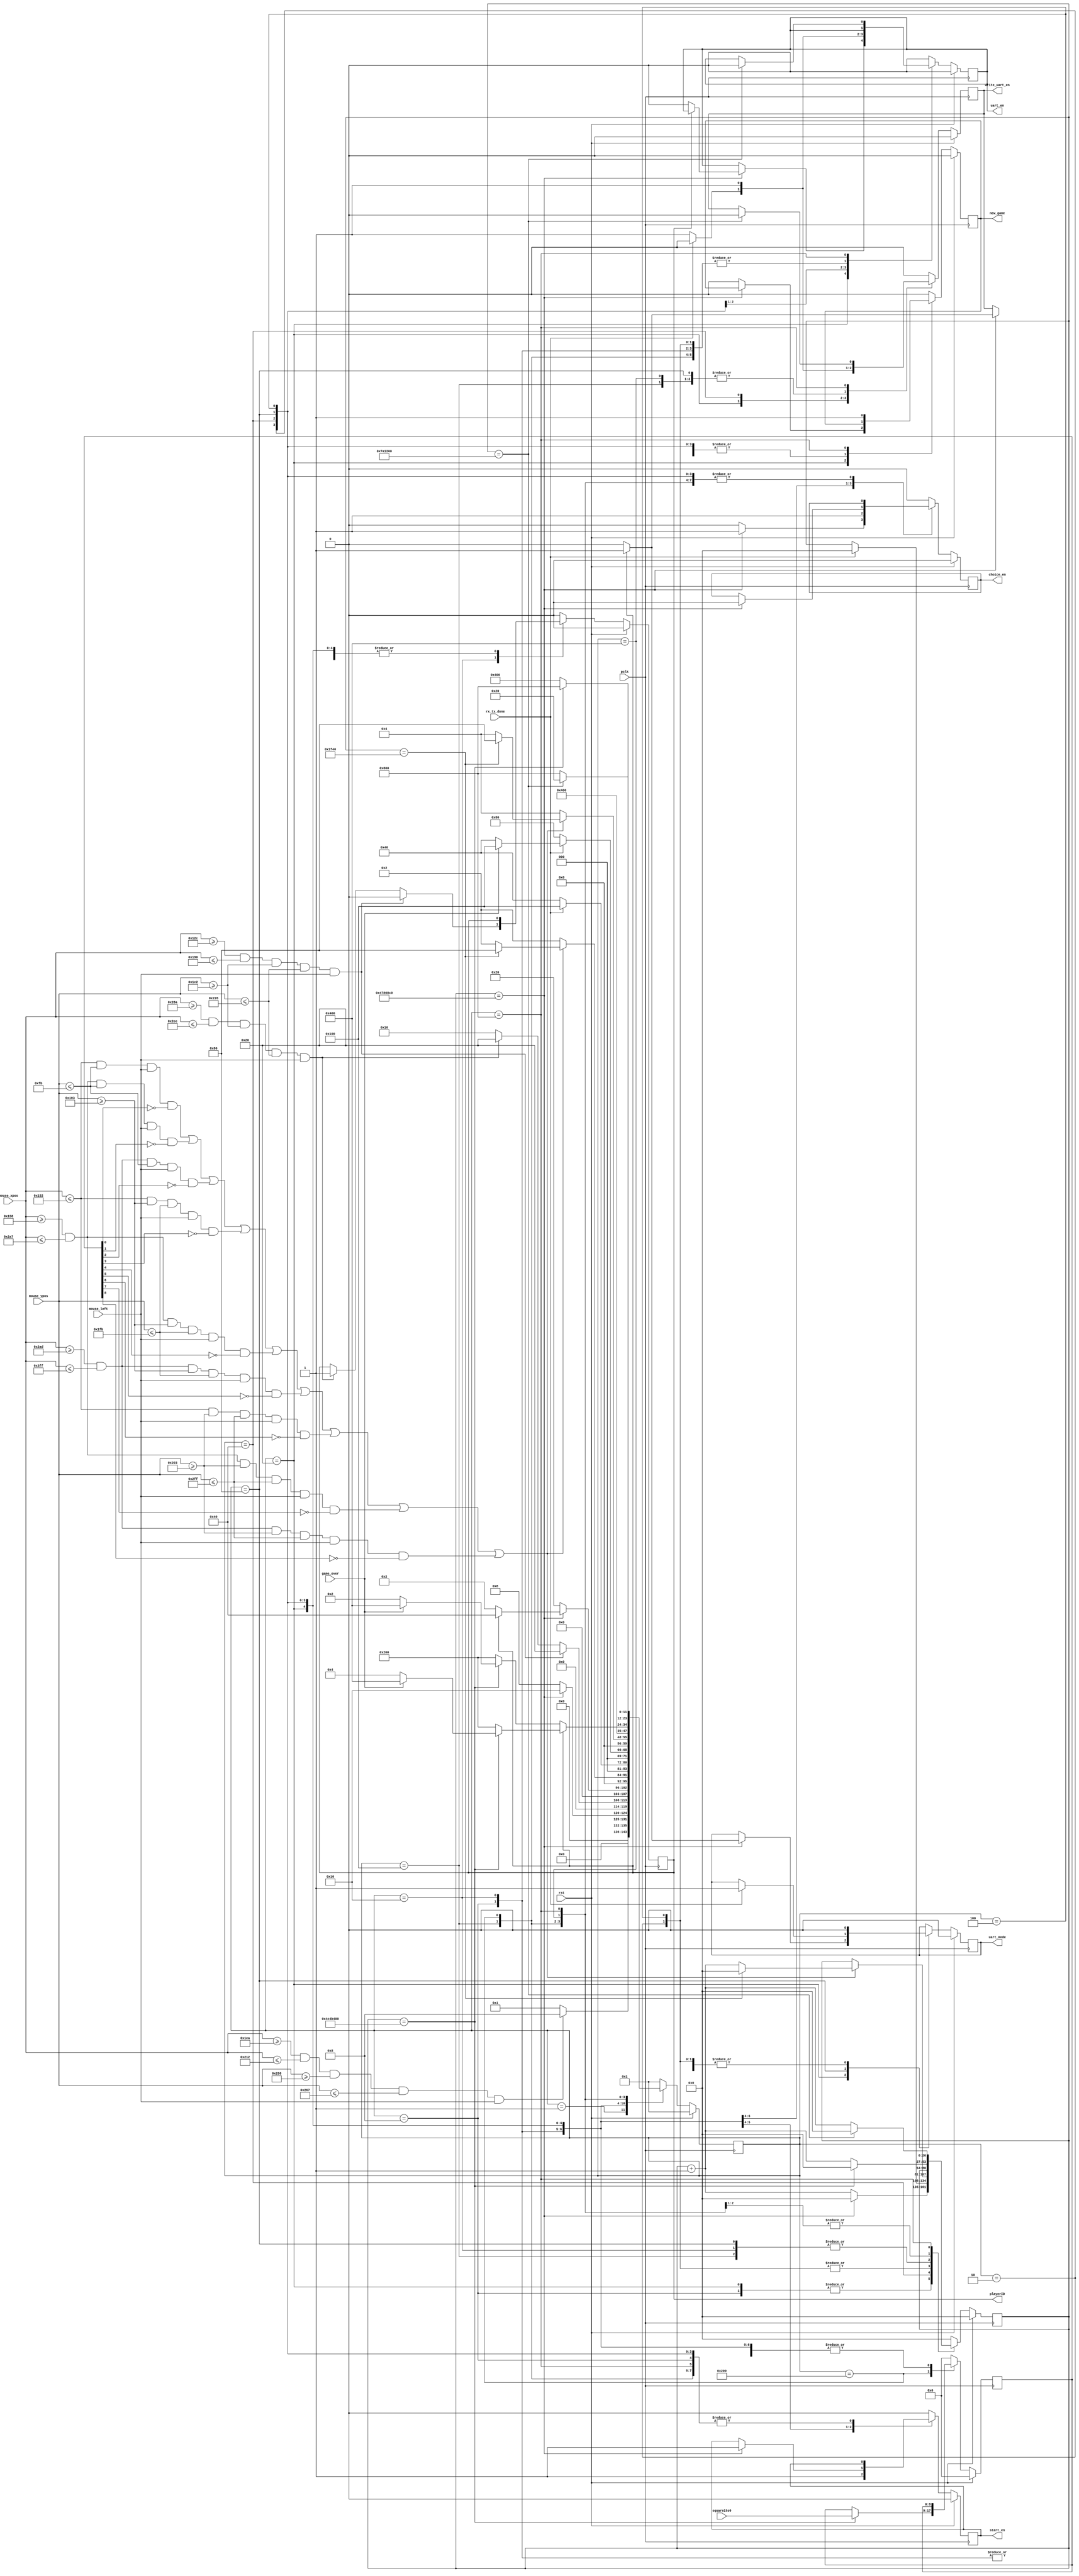
`timescale 1ns / 1ps
//////////////////////////////////////////////////////////////////////////////////
// Company: AGH UST
// Engineers: Hubert Kwaniewski, Marcin Mistela
// 
// Design Name: 
// Module Name: control_unit
// Project Name: Tic-tac-toe game
// Target Devices: 
// Tool Versions: 
// Description: 
// 
// Dependencies: 
// 
// Revision:
// Revision 0.01 - File Created
// Additional Comments:
// 
//////////////////////////////////////////////////////////////////////////////////


module control_unit(
    input wire pclk,
    input wire rst,
    input wire [11:0] mouse_xpos,
    input wire [11:0] mouse_ypos,
    input wire mouse_left,
    input wire rx_tx_done,
    input wire [8:0] square1to9,
    input wire game_over,
    output reg new_game,
    output reg start_en,
    output reg choice_en,
    output reg playerID, uart_en, write_uart_en, uart_mode
    );
    
    localparam IDLE           = 12'b000000000001,
               PLAYER_1       = 12'b000000000010,
               PLAYER_2       = 12'b000000000100,
               WAIT           = 12'b000000001000,
               CHOICE         = 12'b000000010000,
               WAIT2          = 12'b000000100000,
               RX_TRANSMIT    = 12'b000001000000,
               TX_TRANSMIT    = 12'b000010000000,
               UPDATE_BOARD   = 12'b000100000000,
               UPDATE_SQUARES = 12'b001000000000,
               GAME_OVER      = 12'b010000000000,
               NEW_GAME       = 12'b100000000000;
    
    localparam HEIGHT1 = 251,
               WIDTH1  = 338,
               SENDING   = 1'b0,
               RECEIVING = 1'b1;
    
    reg [8:0] updated_square1to9, updated_square1to9_nxt;
    reg [11:0] state;
    reg [11:0] state_nxt;
    reg start_en_nxt, choice_en_nxt, uart_en_nxt, write_uart_en_nxt, uart_mode_nxt, new_game_nxt;
    reg [26:0] counter, counter_nxt;
    reg playerID_nxt;
    
    always@(posedge pclk)
    begin 
        if(rst)
        begin
            state <= IDLE;
            start_en <= 0;
            choice_en <= 0;
            playerID <= 0;
            counter <= 0;
            uart_en    <= 0;
            write_uart_en <= 0;
            uart_mode <= 0;
            updated_square1to9 <= 0;
            new_game <= 0;
        end
        else
        begin
            state <= state_nxt;
            start_en <= start_en_nxt;
            choice_en <= choice_en_nxt;
            playerID <= playerID_nxt;
            counter <= counter_nxt;
            uart_en <= uart_en_nxt;
            write_uart_en <= write_uart_en_nxt;
            uart_mode <= uart_mode_nxt;
            updated_square1to9 <= updated_square1to9_nxt;
            new_game <= new_game_nxt;
        end
    end 
    
    
    always@*
    begin
    
    start_en_nxt = start_en;
    choice_en_nxt = choice_en;
    uart_en_nxt = uart_en;
    counter_nxt = counter;
    playerID_nxt = playerID;
    write_uart_en_nxt = write_uart_en;
    uart_mode_nxt = uart_mode;
    updated_square1to9_nxt = updated_square1to9;
    new_game_nxt = new_game;
    
        case(state)
            IDLE:
                begin
                    start_en_nxt = 0;
                    choice_en_nxt = 0;
                    counter_nxt = 0;
                    uart_en_nxt = 0;
                    write_uart_en_nxt = 0;
                    uart_mode_nxt = SENDING;
                    new_game_nxt = 0;
                    if((mouse_xpos >= 490) && (mouse_xpos <= 530) && (mouse_ypos >= 600) && (mouse_ypos <= 615) && (mouse_left == 1))
                    begin
                        state_nxt = WAIT;
                    end
                    else
                        state_nxt = IDLE;
                end
            WAIT:
                begin
                    if(counter == 75000000)
                    begin
                        counter_nxt = 0;
                        choice_en_nxt = 1;
                        state_nxt = CHOICE;
                    end
                    else
                    begin
                        counter_nxt = counter + 1;
                        choice_en_nxt = 0;
                        state_nxt = WAIT;
                    end
                end
            CHOICE:
                begin
                    start_en_nxt = 1;
                    choice_en_nxt = 1;
                    if((mouse_xpos >= 300) && (mouse_xpos <= 400) && (mouse_ypos >= 450) && (mouse_ypos <= 550) && (mouse_left == 1))
                    begin
                        playerID_nxt = 0;
                        state_nxt = WAIT2;
                    end
                    else if((mouse_xpos >= 650) && (mouse_xpos <= 750) && (mouse_ypos >= 450) && (mouse_ypos <= 550) && (mouse_left == 1))
                    begin
                        playerID_nxt = 1;
                        state_nxt = WAIT2;
                    end
                    else
                    begin
                        playerID_nxt = playerID;
                        state_nxt = CHOICE;
                    end
                end
            WAIT2:
                begin
                    if(counter == 75000000)
                    begin
                        counter_nxt = 0;
                        choice_en_nxt = 0;
                        start_en_nxt = 1;
                        if(playerID == 0)
                        begin
                            state_nxt = PLAYER_1;
                            uart_mode_nxt = SENDING;
                            write_uart_en_nxt = 0;
                            uart_en_nxt = 0;
                        end
                        else
                        begin
                            state_nxt = RX_TRANSMIT;
                            uart_mode_nxt = RECEIVING;
                            write_uart_en_nxt = 1;
                        end
                    end
                    else
                    begin
                        counter_nxt = counter + 1;
                        state_nxt = WAIT2;
                        new_game_nxt = 0;
                    end
                end
            PLAYER_1:
                begin
                    write_uart_en_nxt = 0;
                    uart_mode_nxt = SENDING;
                    if(((mouse_xpos <= WIDTH1) && (mouse_ypos <= HEIGHT1) && (mouse_left == 1) && (updated_square1to9[0] == 0)) 
                    || ((mouse_xpos >= 344) && (mouse_xpos <= 679) && (mouse_ypos <= HEIGHT1) && (mouse_left == 1) && (updated_square1to9[1] == 0))
                    || ((mouse_xpos >= 685) && (mouse_xpos <= 1023) && (mouse_ypos <= HEIGHT1) && (mouse_left == 1) && (updated_square1to9[2] == 0))
                    || ((mouse_xpos <= WIDTH1) && (mouse_ypos >= 259) && (mouse_ypos <= 507) && (mouse_left == 1) && (updated_square1to9[3] == 0))
                    || ((mouse_xpos >= 344) && (mouse_xpos <= 679) && (mouse_ypos >= 259) && (mouse_ypos <= 507) && (mouse_left == 1) && (updated_square1to9[4] == 0))
                    || ((mouse_xpos >= 685) && (mouse_xpos <= 1023) && (mouse_ypos >= 259) && (mouse_ypos <= 507) && (mouse_left == 1) && (updated_square1to9[5] == 0))
                    || ((mouse_xpos <= WIDTH1) && (mouse_ypos >= 515) && (mouse_ypos <= 767) && (mouse_left == 1) && (updated_square1to9[6] == 0))
                    || ((mouse_xpos >= 344) && (mouse_xpos <= 679) && (mouse_ypos >= 515) && (mouse_ypos <= 767) && (mouse_left == 1) && (updated_square1to9[7] == 0))
                    || ((mouse_xpos >= 685) && (mouse_xpos <= 1023) && (mouse_ypos >= 515) && (mouse_ypos <= 767) && (mouse_left == 1) && (updated_square1to9[8] == 0)))
                    begin
                        if(counter == 8000)
                        begin
                            counter_nxt = 0;
                            state_nxt = TX_TRANSMIT;
                        end
                        else
                        begin
                            counter_nxt = counter + 1;
                            state_nxt = PLAYER_1;
                        end
                    end
                    else
                        state_nxt = PLAYER_1;
                end
            RX_TRANSMIT:
                begin
                    if(rx_tx_done)
                    begin
                        counter_nxt = 0;
                        write_uart_en_nxt = 0;
                        uart_en_nxt = 0;
                        state_nxt = UPDATE_BOARD;
                    end
                    else
                    begin
                        state_nxt = RX_TRANSMIT;
                        uart_en_nxt = 1;
                        write_uart_en_nxt = 1; 
                    end       
                end
            TX_TRANSMIT:
                begin
                    uart_en_nxt = 1;
                    write_uart_en_nxt = 1;
                    if(rx_tx_done)
                    begin
                        uart_mode_nxt = RECEIVING;
                        if(game_over)
                            state_nxt = UPDATE_BOARD;
                        else
                            state_nxt = RX_TRANSMIT;
                    end
                    else
                        state_nxt = TX_TRANSMIT;    
                end
             PLAYER_2:
                begin
                    write_uart_en_nxt = 0;
                    uart_mode_nxt = SENDING;
                    if(((mouse_xpos <= WIDTH1) && (mouse_ypos <= HEIGHT1) && (mouse_left == 1) && (updated_square1to9[0] == 0)) 
                    || ((mouse_xpos >= 344) && (mouse_xpos <= 679) && (mouse_ypos <= HEIGHT1) && (mouse_left == 1) && (updated_square1to9[1] == 0))
                    || ((mouse_xpos >= 685) && (mouse_xpos <= 1023) && (mouse_ypos <= HEIGHT1) && (mouse_left == 1) && (updated_square1to9[2] == 0))
                    || ((mouse_xpos <= WIDTH1) && (mouse_ypos >= 259) && (mouse_ypos <= 507) && (mouse_left == 1) && (updated_square1to9[3] == 0))
                    || ((mouse_xpos >= 344) && (mouse_xpos <= 679) && (mouse_ypos >= 259) && (mouse_ypos <= 507) && (mouse_left == 1) && (updated_square1to9[4] == 0))
                    || ((mouse_xpos >= 685) && (mouse_xpos <= 1023) && (mouse_ypos >= 259) && (mouse_ypos <= 507) && (mouse_left == 1) && (updated_square1to9[5] == 0))
                    || ((mouse_xpos <= WIDTH1) && (mouse_ypos >= 515) && (mouse_ypos <= 767) && (mouse_left == 1) && (updated_square1to9[6] == 0))
                    || ((mouse_xpos >= 344) && (mouse_xpos <= 679) && (mouse_ypos >= 515) && (mouse_ypos <= 767) && (mouse_left == 1) && (updated_square1to9[7] == 0))
                    || ((mouse_xpos >= 685) && (mouse_xpos <= 1023) && (mouse_ypos >= 515) && (mouse_ypos <= 767) && (mouse_left == 1) && (updated_square1to9[8] == 0)))
                    begin
                        if(counter == 8000)
                        begin
                            counter_nxt = 0;
                            state_nxt = TX_TRANSMIT;
                        end
                        else
                        begin
                            counter_nxt = counter + 1;
                            state_nxt = PLAYER_2;
                        end
                    end
                    else
                        state_nxt = PLAYER_2;
                end
              UPDATE_BOARD:
                begin
                    write_uart_en_nxt = 1;
                    state_nxt = UPDATE_SQUARES;
                end
              UPDATE_SQUARES:
                begin
                    if(playerID == 0)
                    begin
                        write_uart_en_nxt = 0;
                        if(counter == 80000000)
                        begin
                            counter_nxt = 0;
                            updated_square1to9_nxt = square1to9;
                            if(game_over)
                                state_nxt = GAME_OVER;
                            else
                                state_nxt = PLAYER_1;
                        end
                        else
                        begin
                            counter_nxt = counter + 1;
                            state_nxt = UPDATE_SQUARES;
                        end
                    end
                    else
                    begin
                        write_uart_en_nxt = 0;
                        if(counter == 80000000)
                        begin
                            counter_nxt = 0;
                            updated_square1to9_nxt = square1to9;
                            if(game_over)
                                state_nxt = GAME_OVER;
                            else
                                state_nxt = PLAYER_2;
                        end
                        else
                        begin
                            counter_nxt = counter + 1;
                            state_nxt = UPDATE_SQUARES;
                        end
                    end
                end
              GAME_OVER:
                 begin
                    start_en_nxt = 0;
                    write_uart_en_nxt = 1;
                    uart_en_nxt = 0;
                    new_game_nxt = 0;
                    if(counter == 80000000)
                    begin
                       counter_nxt = 0;
                       state_nxt = NEW_GAME; 
                    end
                    else
                    begin
                        counter_nxt = counter + 1;
                        state_nxt = GAME_OVER;
                    end    
                 end
               NEW_GAME:
                 begin
                    new_game_nxt = 1;
                    if(counter == 8000000)
                    begin
                        counter_nxt = 0;
                        uart_en_nxt = 0;
                        write_uart_en_nxt = 0;
                        if(playerID == 0)
                            state_nxt = WAIT2;
                        else
                            state_nxt = WAIT2;
                    end
                    else
                    begin
                        counter_nxt = counter + 1;
                        state_nxt = NEW_GAME;
                    end
                 end    
            default:
                begin
                    state_nxt = IDLE;
                    start_en_nxt = 0;
                    counter_nxt = 0;
                    uart_en_nxt = 0;
                    choice_en_nxt = 0;
                    playerID_nxt = 0;
                    write_uart_en_nxt = 0;
                    updated_square1to9_nxt = 0;
                    new_game_nxt = 0;
                end
        endcase
    end

endmodule